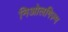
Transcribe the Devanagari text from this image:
निओलगिज़्म